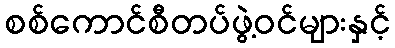
စစ်ကောင်စီတပ်ဖွဲ့ဝင်များနှင့်